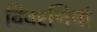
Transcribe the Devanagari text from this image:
विवरणियां